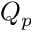
Q _ { p }